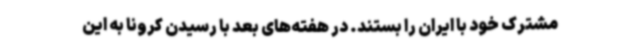
مشترک خود با ایران را بستند. در هفته‌های بعد با رسیدن کرونا به این